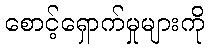
စောင့်ရှောက်မှုများကို